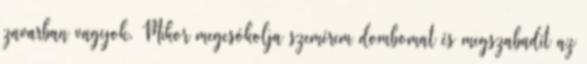
zavarban vagyok. Mikor megcsókolja szemérem dombomat és megszabadít az